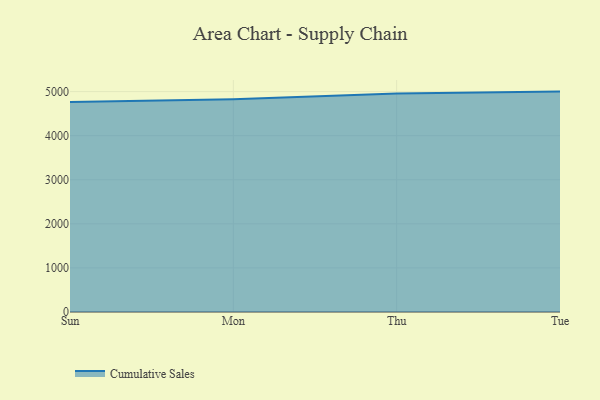
{"axis": {"x": "Day", "y": "Net Income (USD K)"}, "legend": ["Cumulative Sales"], "data": [{"x": "Sun", "y": 4764.9, "type": "Cumulative Sales"}, {"x": "Mon", "y": 4825.2, "type": "Cumulative Sales"}, {"x": "Thu", "y": 4958.3, "type": "Cumulative Sales"}, {"x": "Tue", "y": 5000, "type": "Cumulative Sales"}]}